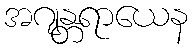
အဂျန္တရာယေန